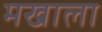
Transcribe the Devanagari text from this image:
मखाला